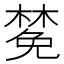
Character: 𪳟